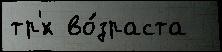
тр'́х во́зраста